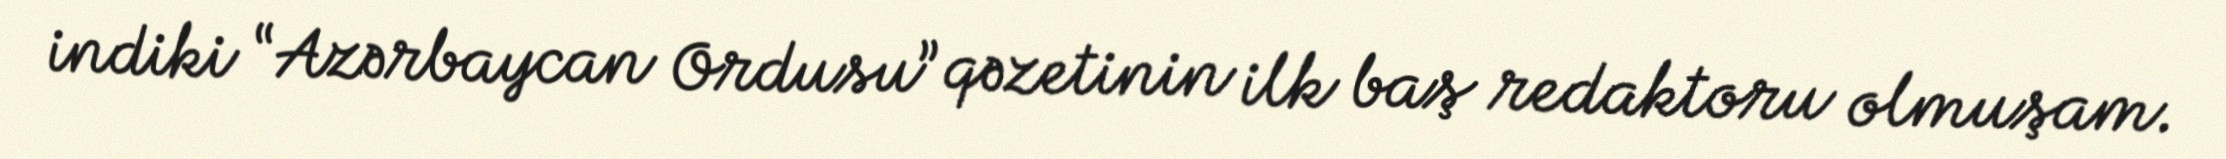
indiki “Azərbaycan Ordusu” qəzetinin ilk baş redaktoru olmuşam.